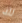
لك